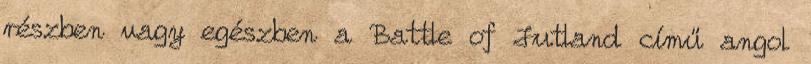
részben vagy egészben a Battle of Jutland című angol